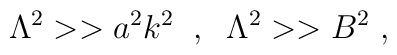
\Lambda^2 >> a^2 k^2 \;\;, \;\;  \Lambda^2 >> B^2 \;,